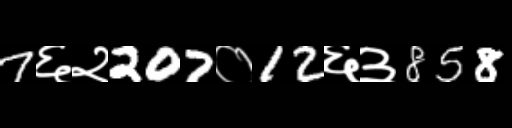
Text: 7६२207०12६३858